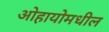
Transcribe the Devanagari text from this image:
ओहायोमधील